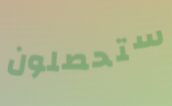
ستحصلون